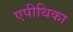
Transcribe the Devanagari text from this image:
एपीथिका